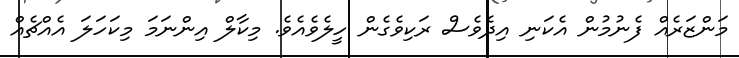
މަންޒަރެއް ފެނުމުން އެކަނި އިދެވެސް ރަކިވެގެން ހީލެވެއެވެ. މިކާލް އިންނަމަ މިކަހަލަ އެއްޗެއް